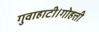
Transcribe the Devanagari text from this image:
गुवाहाटी।गोहत्ती